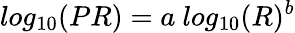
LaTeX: log_{10}(PR)=a~log_{10}(R)^{b}